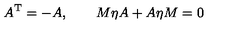
A ^ { \mathrm { T } } = - A , \qquad M \eta A + A \eta M = 0